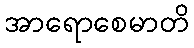
အာရောစေမာတိ